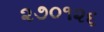
૨૭૦૧૨૬